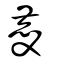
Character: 慶